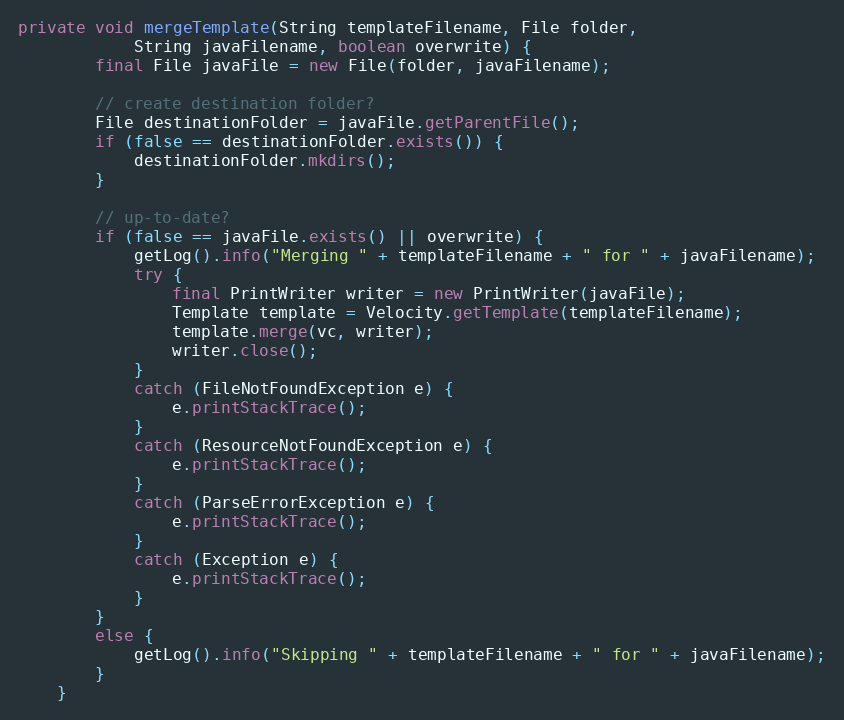
Language: Java
private void mergeTemplate(String templateFilename, File folder,
            String javaFilename, boolean overwrite) {
        final File javaFile = new File(folder, javaFilename);

        // create destination folder?
        File destinationFolder = javaFile.getParentFile();
        if (false == destinationFolder.exists()) {
            destinationFolder.mkdirs();
        }

        // up-to-date?
        if (false == javaFile.exists() || overwrite) {
            getLog().info("Merging " + templateFilename + " for " + javaFilename);
            try {
                final PrintWriter writer = new PrintWriter(javaFile);
                Template template = Velocity.getTemplate(templateFilename);
                template.merge(vc, writer);
                writer.close();
            }
            catch (FileNotFoundException e) {
                e.printStackTrace();
            }
            catch (ResourceNotFoundException e) {
                e.printStackTrace();
            }
            catch (ParseErrorException e) {
                e.printStackTrace();
            }
            catch (Exception e) {
                e.printStackTrace();
            }
        }
        else {
            getLog().info("Skipping " + templateFilename + " for " + javaFilename);
        }
    }